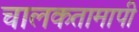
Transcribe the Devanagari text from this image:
चालकतामापी